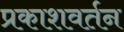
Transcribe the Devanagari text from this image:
प्रकाशवर्तन